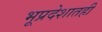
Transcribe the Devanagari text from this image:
भूप्रदेशातही